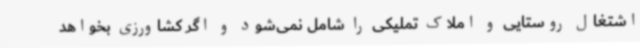
اشتغال روستایی و املاک تملیکی را شامل نمی‌شود و اگر کشاورزی بخواهد